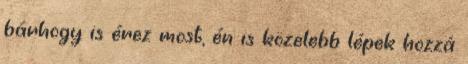
bárhogy is érez most, én is közelebb lépek hozzá